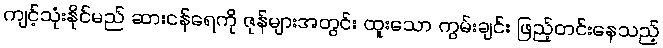
ကျင့်သုံးနိုင်မည် ဆားငန်ရေကို ဇုန်များအတွင်း ထူးသော ကွမ်းချင်း ဖြည့်တင်းနေသည့်